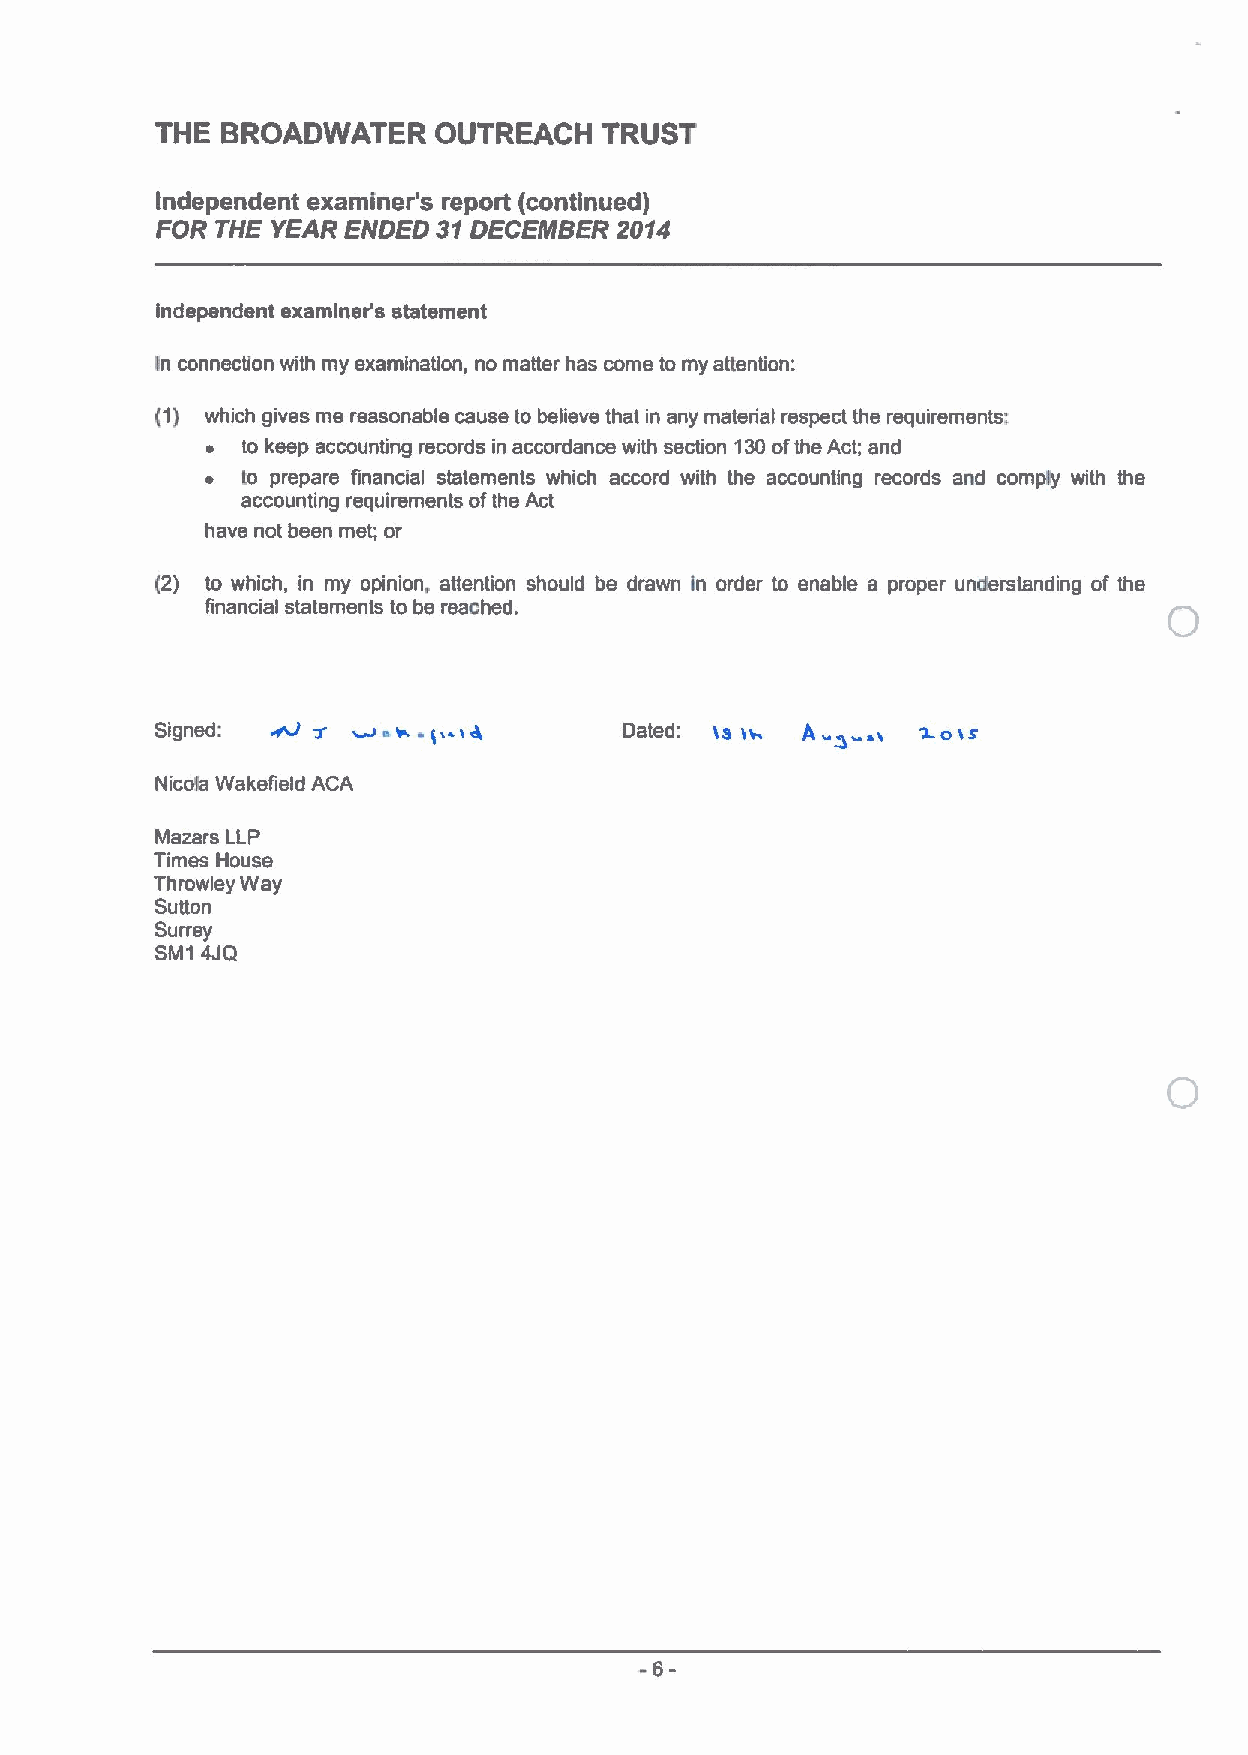
THE  BROADWATER    OUTREACH   TRUST
 Independent exantiner's report (continued)
 FOR THE YEAR ENDED 31DECEMBER  2014
 independent examiner's statement
 In connection with my examination, no maNer has come to my attention:
 (1) which gives me reasonable cause to believe that in any material respect the requirements;
 ~ to keep accounting records in accordance with section 130ofthe Act; and
 ~ to prepare financial statements which accord with the accounting records and comply with the
 accounting requirements ofthe Act
 have not been met; or
 (2) to which, in my opinion, attention should be drawn in order to enable a proper understanding of the 0
 financial statements to be reached.
 Signed: W  s                   Dated: is iv. A & & s.o &s
 Nicola Waksfield ACA
 Mazars LLP
 Times House
 Throwley Way
 SuNon
 Surrey
 SM1 4JQ
 -6-